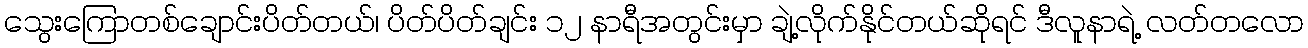
သွေးကြောတစ်ချောင်းပိတ်တယ်၊ ပိတ်ပိတ်ချင်း ၁၂ နာရီအတွင်းမှာ ချဲ့လိုက်နိုင်တယ်ဆိုရင် ဒီလူနာရဲ့ လတ်တလော